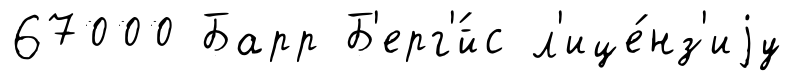
67000 Барр Б'ерг'́йс л'ице́нз'иjу